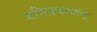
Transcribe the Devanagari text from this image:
मणिप्रवाळम्